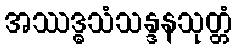
အဿဒ္ဓသံသန္ဒနသုတ္တံ